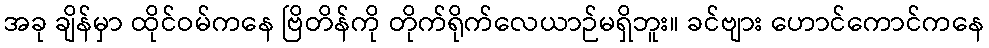
အခု ချိန်မှာ ထိုင်ဝမ်ကနေ ဗြိတိန်ကို တိုက်ရိုက်လေယာဉ်မရှိဘူး။ ခင်ဗျား ဟောင်ကောင်ကနေ